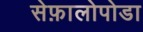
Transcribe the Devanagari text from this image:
सेफ़ालोपोडा